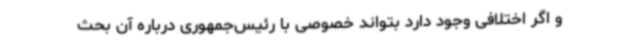
و اگر اختلافی وجود دارد بتواند خصوصی با رئیس‌جمهوری درباره آن بحث